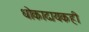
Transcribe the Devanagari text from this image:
धोकादायकही